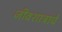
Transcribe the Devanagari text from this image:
जीवशात्राचे